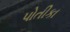
પોતીકા